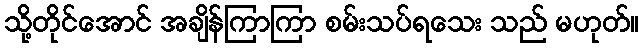
သို့တိုင်အောင် အချိန်ကြာကြာ စမ်းသပ်ရသေး သည် မဟုတ်။